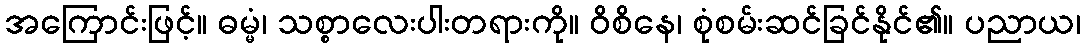
အကြောင်းဖြင့်။ ဓမ္မံ၊ သစ္စာလေးပါးတရားကို။ ဝိစိနေ၊ စုံစမ်းဆင်ခြင်နိုင်၏။ ပညာယ၊